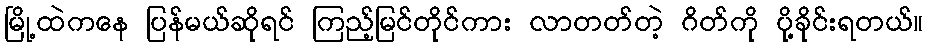
မြို့ထဲကနေ ပြန်မယ်ဆိုရင် ကြည့်မြင်တိုင်ကား လာတတ်တဲ့ ဂိတ်ကို ပို့ခိုင်းရတယ်။